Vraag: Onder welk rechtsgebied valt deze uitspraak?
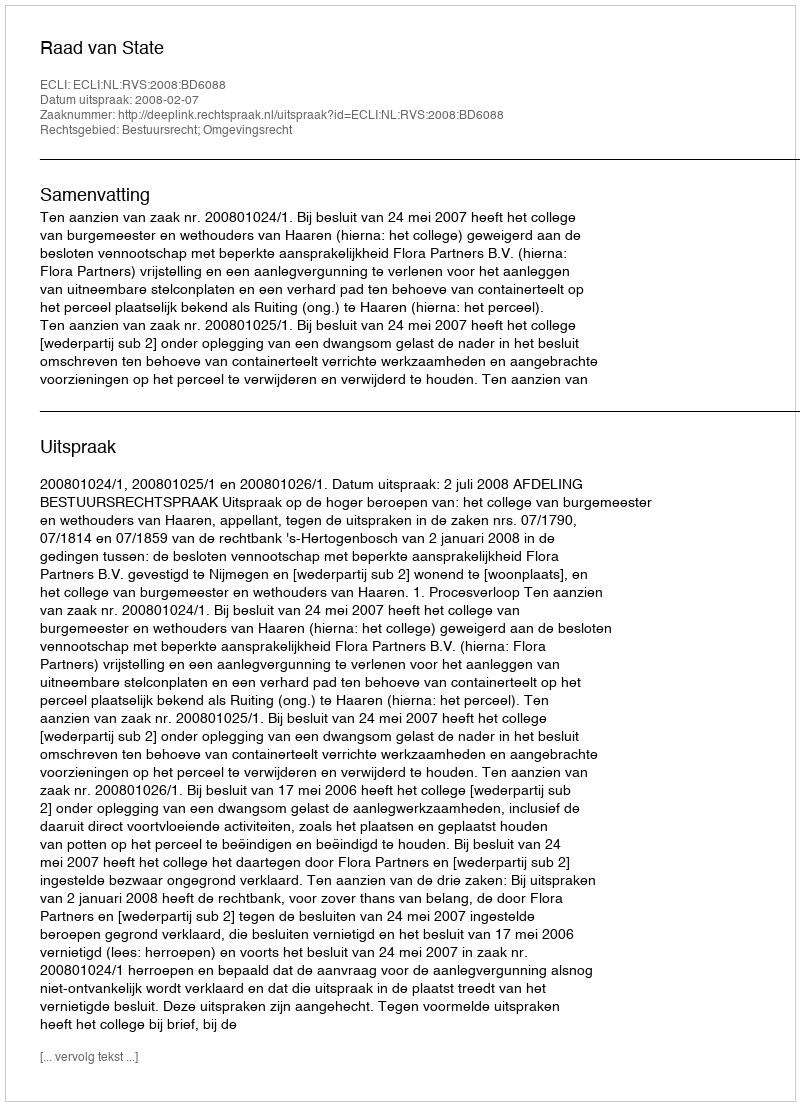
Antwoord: Bestuursrecht; Omgevingsrecht